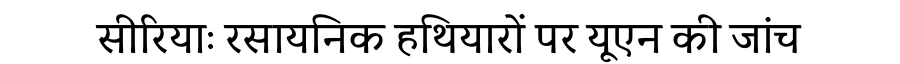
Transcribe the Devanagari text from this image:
सीरियाः रसायनिक हथियारों पर यूएन की जांच